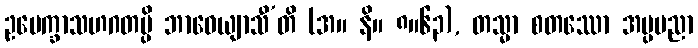
ဥပေက္ခာသဟဂတမ္ပိ ဘာဝေယျာသီ’တိ (အ။ နိ။ ၈။၆၃), တသ္မာ စတဿော အပ္ပမညာ